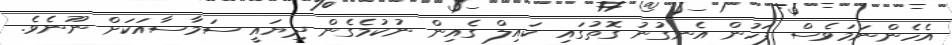
އެހެންނަމަވެސް ފަހުން އެނގުނު ގޮތުގައި ކައިލް ގެއިން ނުކުމެގެން ދިޔައީ ސަމާސާއަކަށް ނޫނެވެ.